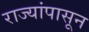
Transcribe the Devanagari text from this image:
राज्यांपासून